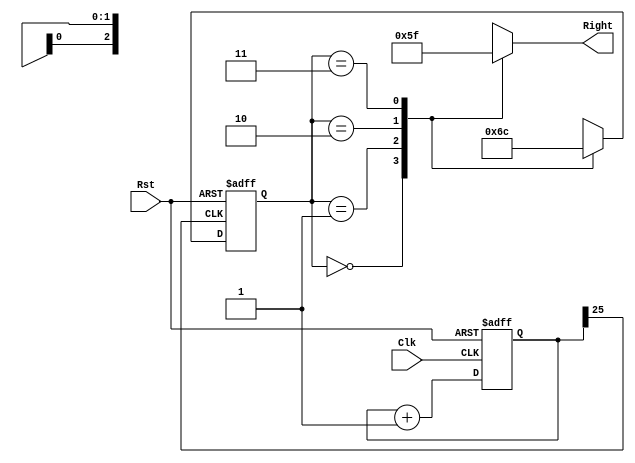
`timescale 1ns / 1ps
//////////////////////////////////////////////////////////////////////////////////
// Company: 
// Engineer: 
// 
// Design Name: 
// Module Name:    rctrl 
// Project Name: 
// Target Devices: 
// Tool versions: 
// Description: 
//
// Dependencies: 
//
// Revision: 
// Revision 0.01 - File Created
// Additional Comments: 
//
//////////////////////////////////////////////////////////////////////////////////
module rctrl(
    input Clk,
	 input Rst,
    output reg [2:0] Right
    );
	 	 reg[1:0] nextstate, presentstate;
	 parameter S0 = 2'b00, S1= 2'b01, S2 = 2'b10, S3 = 2'b11;
    reg [25:0] count_div;
    always@(posedge Clk, posedge Rst) begin
   
        if(Rst == 1'b1)
        count_div <= 0;
        else
        count_div <= count_div + 1;
        end
        
     always @(posedge count_div[25], posedge Rst)
     begin
     if(Rst==1)
     presentstate <= S0;
     else
     presentstate <= nextstate;
     end
     
     always@(presentstate)
     begin
     case(presentstate)
     S0:begin
        nextstate=S1;
        end
     S1:begin
        nextstate=S2;
        end 
     S2:begin
        nextstate=S3;
        end 
      S3:begin
         nextstate=S0;
         end
              
   endcase
   end 
   always @(presentstate)
   begin
   case(presentstate)
   S0:Right=4'b0000;
   S1:Right=4'b0001;
   S2:Right=4'b0011;
   S3:Right=4'b0111;
   endcase
   end
endmodule